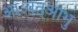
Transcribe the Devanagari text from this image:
आःयत्आभु